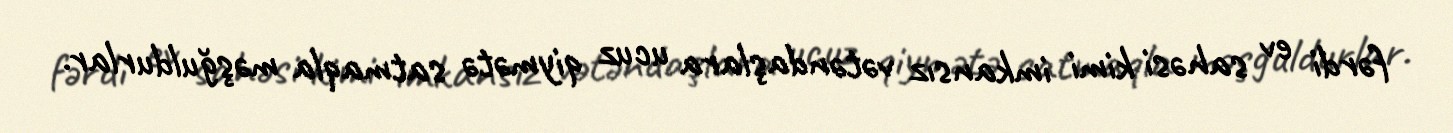
fərdi ev sahəsi kimi imkansız vətəndaşlara ucuz qiymətə satmaqla məşğuldurlar.